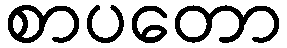
စာပတော